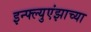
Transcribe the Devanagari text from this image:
इन्फ्ल्युएंझाच्या